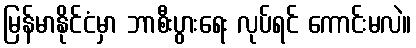
မြန်မာနိုင်ငံမှာ ဘာစီးပွားရေး လုပ်ရင် ကောင်းမလဲ။